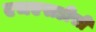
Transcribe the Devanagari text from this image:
एचएसडीसी